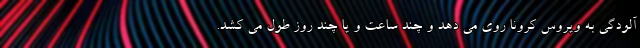
آلودگی به ویروس کرونا روی می دهد و چند ساعت و یا چند روز طول می کشد.